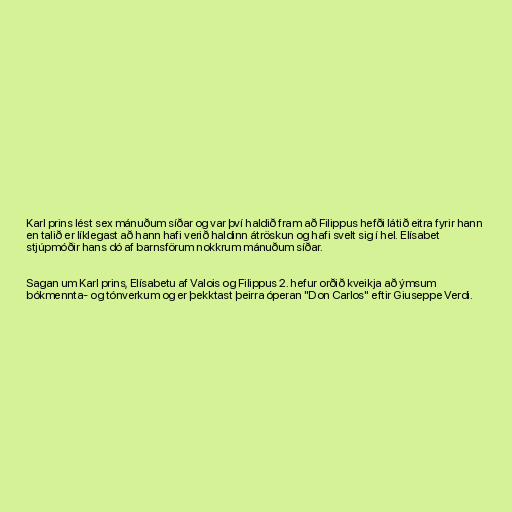
Karl prins lést sex mánuðum síðar og var því haldið fram að Filippus hefði látið eitra fyrir hann
en talið er líklegast að hann hafi verið haldinn átröskun og hafi svelt sig í hel. Elísabet
stjúpmóðir hans dó af barnsförum nokkrum mánuðum síðar.

Sagan um Karl prins, Elísabetu af Valois og Filippus 2. hefur orðið kveikja að ýmsum
bókmennta- og tónverkum og er þekktast þeirra óperan "Don Carlos" eftir Giuseppe Verdi.